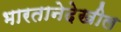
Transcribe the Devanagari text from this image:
भारतानेदेखील